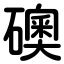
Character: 礇